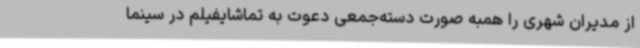
از مدیران شهری را همبه صورت دسته‌جمعی دعوت به تماشایفیلم در سینما